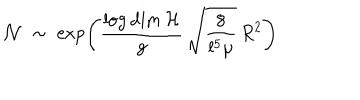
{ \cal N } \; \sim \; \exp \left( \frac { \log \dim { \cal H } } { g } \, \sqrt { \frac { 8 } { l ^ { 5 } \mu } } \, R ^ { 2 } \right)